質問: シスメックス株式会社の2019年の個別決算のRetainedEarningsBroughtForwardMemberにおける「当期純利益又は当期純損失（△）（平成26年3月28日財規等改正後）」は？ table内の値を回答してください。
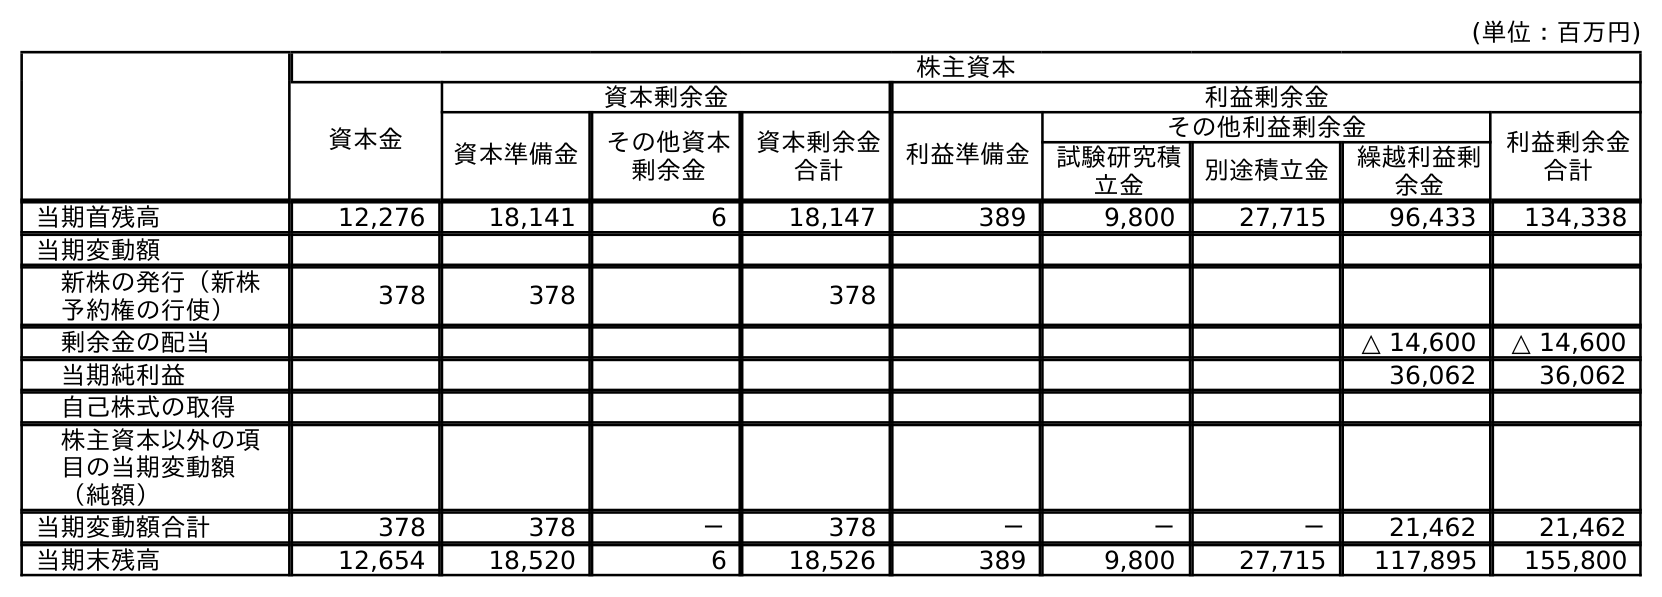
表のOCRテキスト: (単位：百万円) 株主資本 資本金 資本剰余金 利益剰余金 資本準備金 その他資本 剰余金 資本剰余金 合計 利益準備金 その他利益剰余金 利益剰余金 合計 試験研究積 立金 別途積立金 繰越利益剰 余金 当期首残高 12,276 18,141 6 18,147 389 9,800 27,715 96,433 134,338 当期変動額 新株の発行（新株 予約権の行使） 378 378 378 剰余金の配当 △ 14,600 △ 14,600 当期純利益 36,062 36,062 自己株式の取得 株主資本以外の項 目の当期変動額 （純額） 当期変動額合計 378 378 － 378 － － － 21,462 21,462 当期末残高 12,654 18,520 6 18,526 389 9,800 27,715 117,895 155,800
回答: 36,062